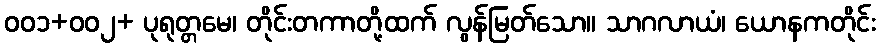
၀၀၁+၀၀၂+ ပုရုတ္တမေ၊ တိုင်းတကာတို့ထက် လွန်မြတ်သော။ သာဂလာယံ၊ ယောနကတိုင်း